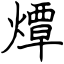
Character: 燂